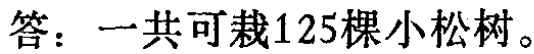
答：一共可栽125棵小松树。